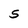
Character: 5